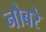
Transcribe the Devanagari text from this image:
नोबरे